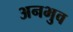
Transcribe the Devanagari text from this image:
अनभुव